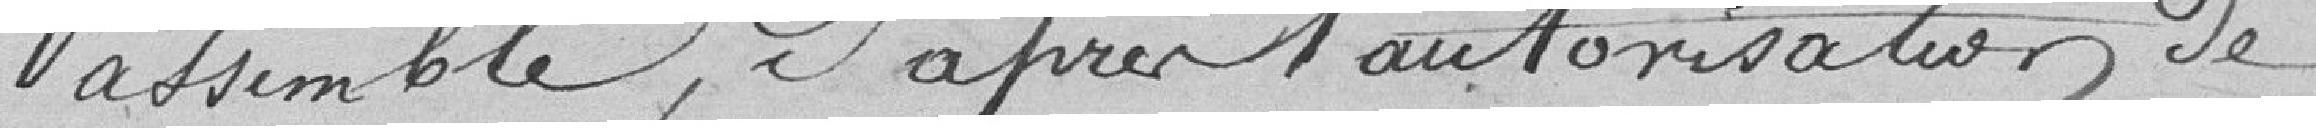
assemblé, d'après autorisation de